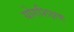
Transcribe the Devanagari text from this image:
योगशिक्षक